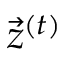
\vec { z } ^ { ( t ) }